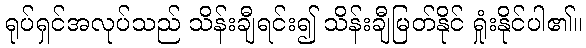
ရုပ်ရှင်အလုပ်သည် သိန်းချီရင်း၍ သိန်းချီမြတ်နိုင် ရှုံးနိုင်ပါ၏။